Civil Veterinary Department Bihar & Orissa reports 1929-36 - 1929-1936
Year: 1929
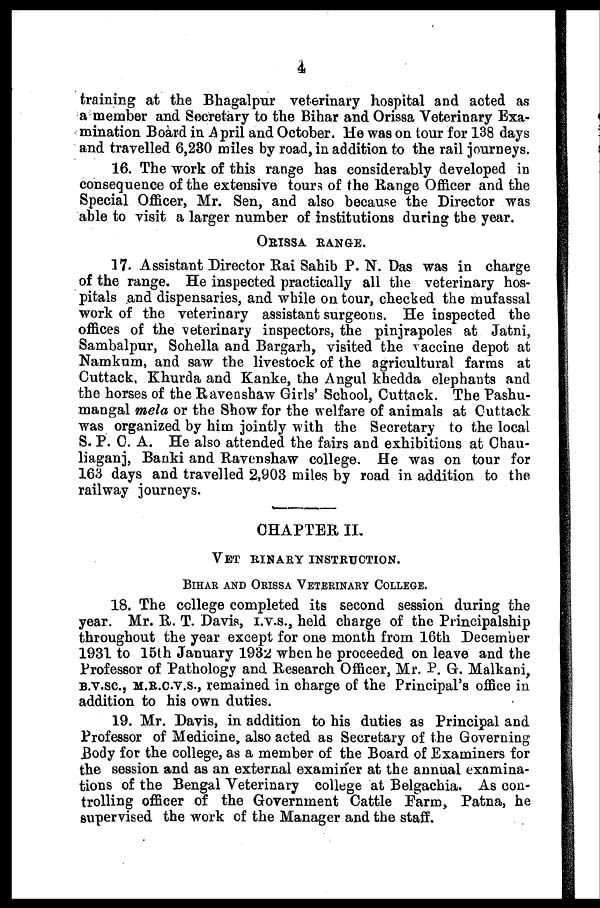
4
training at the Bhagalpur veterinary hospital and acted as
a member and Secretary to the Bihar and Orissa Veterinary Exa-
mination Board in April and October. He was on tour for 138 days
and travelled 6,230 miles by road, in addition to the rail journeys.
16. The work of this range has considerably developed in
consequence of the extensive tours of the Range Officer and the
Special Officer, Mr. Sen, and also because the Director was
able to visit a larger number of institutions during the year.
ORISSA RANGE.
17. Assistant Director Rai Sahib P. N. Das was in charge
of the range. He inspected practically all the veterinary hos-
pitals and dispensaries, and while on tour, checked the mufassal
work of the veterinary assistant surgeons. He inspected the
offices of the veterinary inspectors, the pinjrapoles at Jatni,
Sambalpur, Sohella and Bargarh, visited the vaccine depot at
Namkum, and saw the livestock of the agricultural farms at
Cuttack, Khurda and Kanke, the Angul khedda elephants and
the horses of the Ravenshaw Girls' School, Cuttack. The Pashu-
mangal mela or the Show for the welfare of animals at Cuttack
was organized by him jointly with the Secretary to the local
S. P. C. A. He also attended the fairs and exhibitions at Chau-
liaganj, Banki and Ravenshaw college. He was on tour for
163 days and travelled 2,903 miles by road in addition to the
railway journeys.
CHAPTER II.
VET BINARY INSTRUCTION.
BIHAR AND ORISSA VETERINARY COLLEGE.
18. The college completed its second session during the
year. Mr. R. T. Davis, I.V.S., held charge of the Principalship
throughout the year except for one month from 16th December
1931 to 15th January 1932 when he proceeded on leave and the
Professor of Pathology and Research Officer, Mr. P. G. Malkani,
B.V.SC., M.R.C.V.S., remained in charge of the Principal's office in
addition to his own duties.
19. Mr. Davis, in addition to his duties as Principal and
Professor of Medicine, also acted as Secretary of the Governing
Body for the college, as a member of the Board of Examiners for
the session and as an external examiner at the annual examina-
tions of the Bengal Veterinary college at Belgachia. As con-
trolling officer of the Government Cattle Farm, Patna, he
supervised the work of the Manager and the staff.